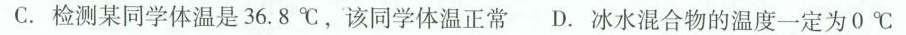
C.检测某同学体温是36.8℃，该同学体温正常 D.冰水混合物的温度一定为0℃